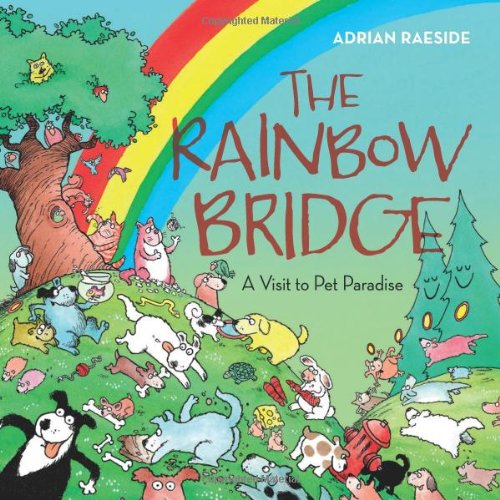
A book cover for The Rainbow Bridge: A Visit to Pet Paradise; Adrian Raeside; Children's Books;